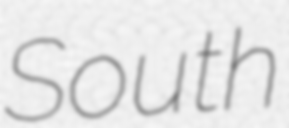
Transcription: South